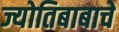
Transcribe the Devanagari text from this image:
ज्योतिबाबाचे